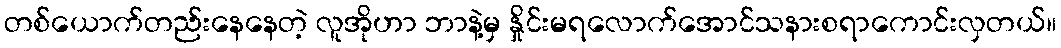
တစ်ယောက်တည်းနေနေတဲ့ လူအိုဟာ ဘာနဲ့မှ နှိုင်းမရလောက်အောင်သနားစရာကောင်းလှတယ်။